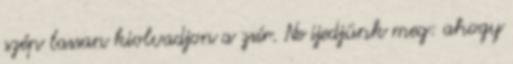
szép lassan kiolvadjon a zsír. Ne ijedjünk meg: ahogy